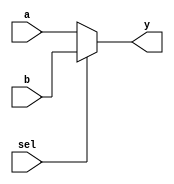
module mux_2to1 (
    input wire a,            // Input signal a
    input wire b,            // Input signal b
    input wire sel,          // Select signal
    output reg y             // Output signal
);

// Combinational logic block
always @(*) begin
    if (sel) begin
        y = b;              // If sel is high, output b
    end else begin
        y = a;              // If sel is low, output a
    end
end

endmodule